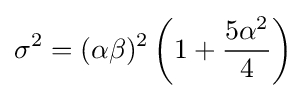
\sigma ^{2}=(\alpha \beta )^{2}\left(1+{\frac {5\alpha ^{2}}{4}}\right)